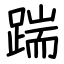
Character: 踹